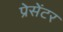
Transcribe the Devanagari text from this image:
प्रेसेंटर